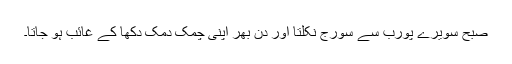
صبح سویرے پورب سے سورج نکلتا اور دن بھر اپنی چمک دمک دکھا کے غائب ہو جاتا۔